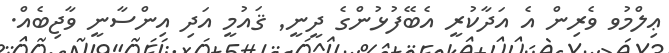
ޢިލްމުވ ވެރިން އެ އަދާކުރީ އެބޭފުޅުންގެ ދީނީ